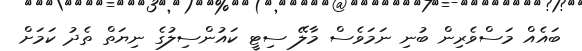
ބައެއް މަސްވެރިން ބުނި ނަމަވެސް މާލޭ ސިޓީ ކައުންސިލުގެ ނިޔަތް ތެދު ކަމަށް